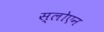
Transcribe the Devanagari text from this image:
स्लोएन